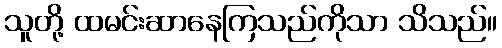
သူတို့ ထမင်းဆာနေကြသည်ကိုသာ သိသည်။